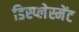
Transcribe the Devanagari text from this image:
डिस्प्लेस्मेंट